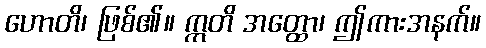
ဟောတိ၊ ဖြစ်၏။ ဣတိ အတ္ထော၊ ဤကားအနက်။